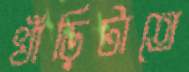
খাঁড়িটাতে